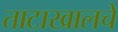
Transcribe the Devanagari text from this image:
ताटाखालचे